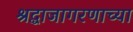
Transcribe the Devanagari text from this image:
श्रद्धाजागरणाच्या